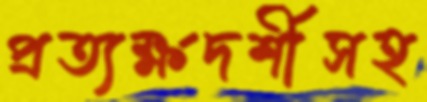
প্রত্যক্ষদর্শীসহ